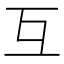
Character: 互